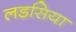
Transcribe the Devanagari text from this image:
लडसिया